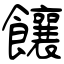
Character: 饟